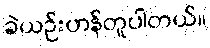
ခဲယဉ်းဟန်တူပါတယ်။